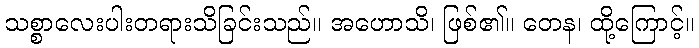
သစ္စာလေးပါးတရားသိခြင်းသည်။ အဟောသိ၊ ဖြစ်၏။ တေန၊ ထို့ကြောင့်။